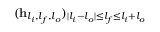
( \mathbf { h } _ { l _ { i } , l _ { f } , l _ { o } } ) _ { | l _ { i } - l _ { o } | \le l _ { f } \le l _ { i } + l _ { o } }